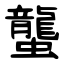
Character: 蠪